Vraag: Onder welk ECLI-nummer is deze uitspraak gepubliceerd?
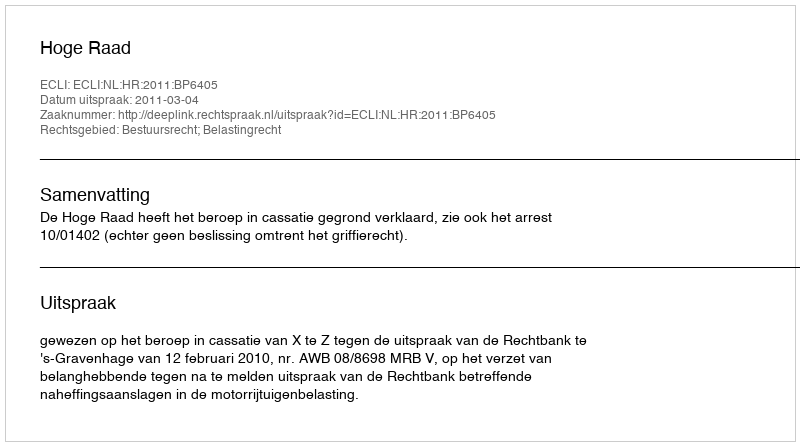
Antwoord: ECLI:NL:HR:2011:BP6405